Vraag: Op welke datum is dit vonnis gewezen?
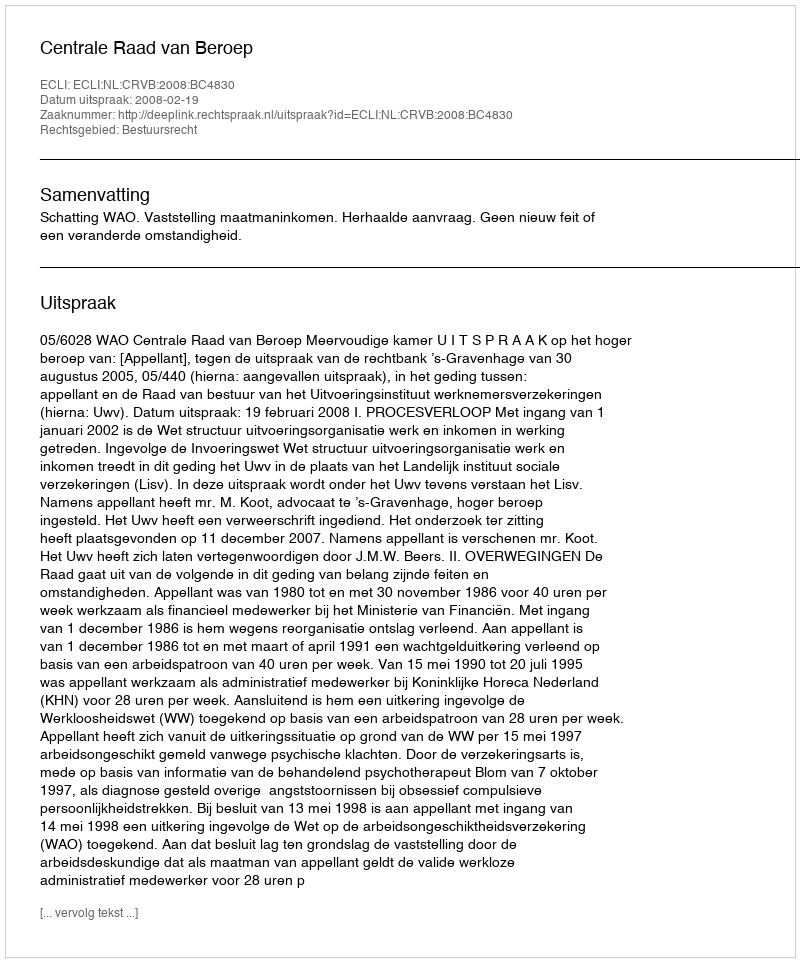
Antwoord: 2008-02-19